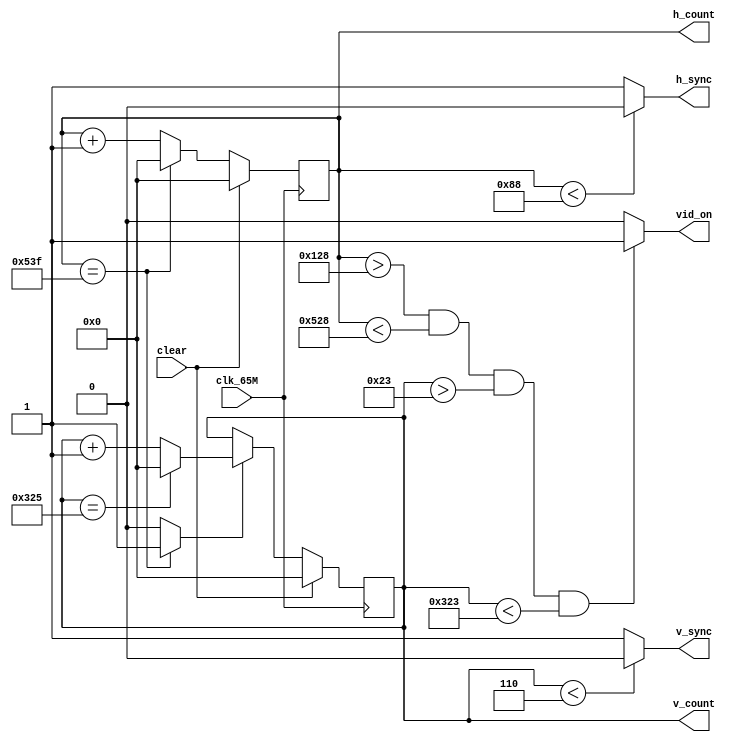
`timescale 1ns / 1ps
//////////////////////////////////////////////////////////////////////////////////
// Company: 
// Engineer: 
// 
// Design Name: 
// Module Name: vga_ctrl
// Project Name: 
// Target Devices: 
// Tool Versions: 
// Description: 
// 
// Dependencies: 
// 
// Revision:
// Revision 0.01 - File Created
// Additional Comments:
// 
//////////////////////////////////////////////////////////////////////////////////

module vga_ctrl(input clk_65M, input clear, output reg h_sync, output reg v_sync, output reg vid_on, output [16:0] h_count, output [16:0] v_count);
    parameter HPIXELS = 1344;
    parameter VLINES = 806;
    parameter HBP = 296;
    parameter HFP = 1320;
    parameter VBP = 35;
    parameter VFP = 803;
    parameter HSP = 136;
    parameter VSP = 6;
    
    reg [16:0] h_count_reg, h_count_next;
    
    //for h_count
    always @(posedge clk_65M)
    begin
        if (clear == 1'b1)
            h_count_reg <= 0;
        else
            h_count_reg <= h_count_next;
    end
    
    always @(*)
    begin
        h_count_next = h_count_reg;
        if (h_count_reg == HPIXELS-1)
            h_count_next <= 12'd0;
        else
            h_count_next <= h_count_reg + 1;
    end
    
    assign h_count = h_count_reg;
    
    //for h_sync
    always @(*)
    begin
        if (h_count_reg < HSP)
            h_sync = 1'b0;
        else
            h_sync = 1'b1;
    end
    
    //for v_count_en which is high if we have completed the scan of one row and moving on to next row
    reg v_count_en;
    always @(*)
    begin
        if (h_count_reg == HPIXELS-1)
            v_count_en <= 1'b1;
        else
            v_count_en <= 1'b0;
    end 
    
    //v_count;
    reg [16:0]v_count_reg, v_count_next;
    always @(posedge clk_65M)
    begin
        if (clear == 1'b1)
            v_count_reg <= 0;
        else
            v_count_reg <= v_count_next;
    end
    
    //for v_count
    always @(*)
    begin
        v_count_next = v_count_reg;
        if (v_count_en == 1'b1)
            if (v_count_reg == VLINES-1)
                v_count_next <= 0;
            else
                v_count_next <= v_count_reg + 1;
    end
    assign v_count = v_count_reg;
    
    //for v_sync
    always @(*)
    begin
        if (v_count_reg < VSP)
            v_sync <= 1'b0;
        else
            v_sync <= 1'b1;
    end
    
    //for vid_on
    always @(*)
    begin
        if ((h_count_reg > HBP) && (h_count_reg < HFP) && (v_count_reg > VBP) && (v_count_reg < VFP))
            vid_on = 1'b1;
        else
            vid_on = 1'b0;
    end 
    
endmodule